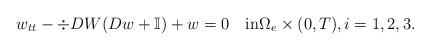
LaTeX: \begin{align*}w_{tt}-\div DW(Dw+\mathbb{I})+w=0\quad\mbox{in}\Omega_e\times (0,T),i=1,2,3.\end{align*}